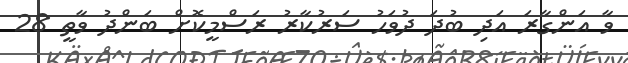
ވާ އަންގާރަ އަދި ބުދަ ދުވަހު ސަރުކާރު ރަސްމީކޮށް ބަންދު ވާތީ 28